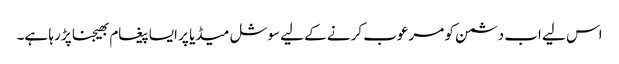
اس لیے اب دشمن کو مرعوب کرنے کے لیے سوشل میڈیا پر ایسا پیغام بھیجنا پڑ رہا ہے۔